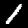
Label: 1